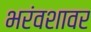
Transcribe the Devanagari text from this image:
भरंवशावर